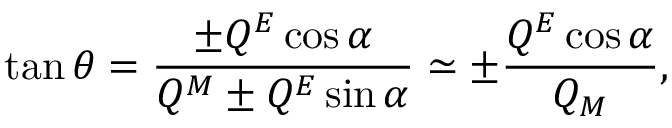
\tan \theta = \frac { \pm Q ^ { E } \cos \alpha } { Q ^ { M } \pm Q ^ { E } \sin \alpha } \simeq \pm \frac { Q ^ { E } \cos \alpha } { Q _ { M } } ,